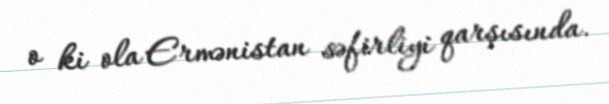
o ki ola Ermənistan səfirliyi qarşısında.